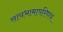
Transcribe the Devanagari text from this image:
सत्यभामापरिणय